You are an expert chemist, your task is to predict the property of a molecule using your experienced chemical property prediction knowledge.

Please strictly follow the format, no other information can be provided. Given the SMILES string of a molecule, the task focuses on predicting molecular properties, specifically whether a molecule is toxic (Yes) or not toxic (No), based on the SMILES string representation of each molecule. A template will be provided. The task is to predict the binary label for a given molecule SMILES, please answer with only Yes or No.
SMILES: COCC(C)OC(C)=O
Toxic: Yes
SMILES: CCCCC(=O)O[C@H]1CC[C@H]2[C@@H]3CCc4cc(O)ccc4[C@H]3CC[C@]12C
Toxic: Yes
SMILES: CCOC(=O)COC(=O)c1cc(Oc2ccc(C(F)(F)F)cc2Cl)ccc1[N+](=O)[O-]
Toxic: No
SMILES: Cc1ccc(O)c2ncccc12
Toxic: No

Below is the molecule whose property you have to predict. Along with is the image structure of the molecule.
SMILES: COC(=O)CCSCCC(=O)OC
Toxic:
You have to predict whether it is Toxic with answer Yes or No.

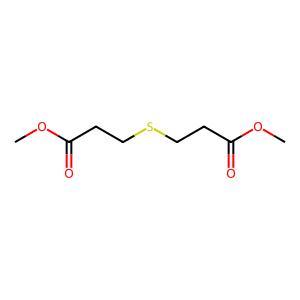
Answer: No